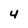
Character: 4